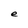
Character: e